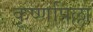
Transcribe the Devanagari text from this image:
कृष्णपिल्ला